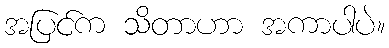
အပြင်က သိတာဟာ အကာပါပဲ။